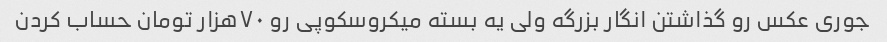
جوری عکس رو گذاشتن انگار بزرگه ولی یه بسته میکروسکوپی رو ۷۰هزار تومان حساب کردن